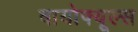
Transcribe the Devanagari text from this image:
बायोफ्यूल्स